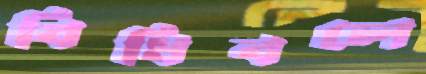
বিধিবলে